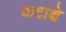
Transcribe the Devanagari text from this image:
कटाक्षे